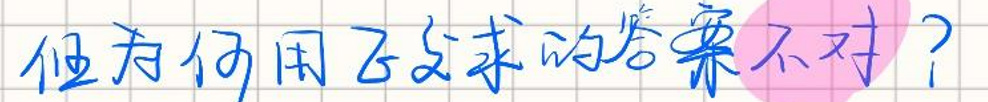
但为何用这种方法的答案不对？